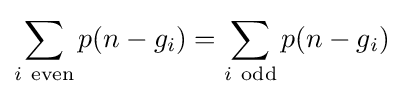
\sum _{i\mathrm {\ even} }p(n-g_{i})=\sum _{i\mathrm {\ odd} }p(n-g_{i})